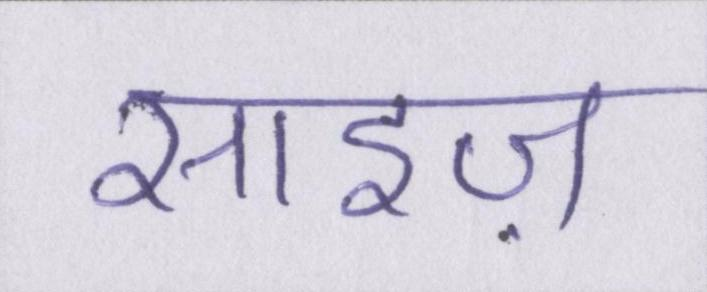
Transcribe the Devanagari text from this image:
साइज़